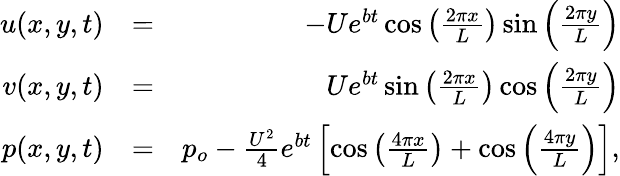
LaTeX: \begin{array}{rlr}{u(x,y,t)}&{=}&{-Ue^{bt}\cos{\left(\frac{2\pi x}{L}\right)}\sin{\left(\frac{2\pi y}{L}\right)}}\\ {v(x,y,t)}&{=}&{Ue^{bt}\sin{\left(\frac{2\pi x}{L}\right)}\cos{\left(\frac{2\pi y}{L}\right)}}\\ {p(x,y,t)}&{=}&{p_{o}-\frac{U^{2}}{4}e^{bt}\left[\cos{\left(\frac{4\pi x}{L}\right)}+\cos{\left(\frac{4\pi y}{L}\right)}\right],}\end{array}